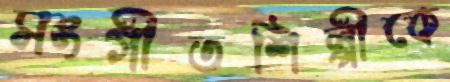
সংগীতশিল্পীকে